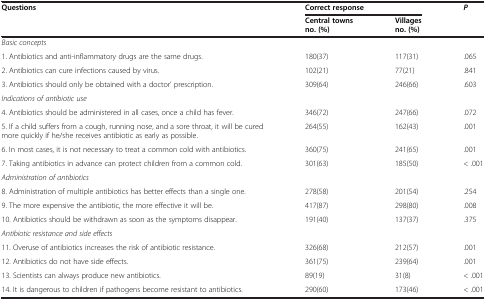
<table><thead><tr><td rowspan="2"><b>Questions</b></td><td colspan="2"><b>Correct response</b></td><td rowspan="2"><b><i>P</i></b></td></tr><tr><td><b>Central towns no. (%)</b></td><td><b>Villages no. (%)</b></td></tr></thead><tbody><tr><td><i>Basic concepts</i></td><td> </td><td> </td><td> </td></tr><tr><td>1. Antibiotics and anti-inflammatory drugs are the same drugs.</td><td>180(37)</td><td>117(31)</td><td>.065</td></tr><tr><td>2. Antibiotics can cure infections caused by virus.</td><td>102(21)</td><td>77(21)</td><td>.841</td></tr><tr><td>3. Antibiotics should only be obtained with a doctor’ prescription.</td><td>309(64)</td><td>246(66)</td><td>.603</td></tr><tr><td><i>Indications of antibiotic use</i></td><td> </td><td> </td><td> </td></tr><tr><td>4. Antibiotics should be administered in all cases, once a child has fever.</td><td>346(72)</td><td>247(66)</td><td>.072</td></tr><tr><td>5. If a child suffers from a cough, running nose, and a sore throat, it will be cured more quickly if he/she receives antibiotic as early as possible.</td><td>264(55)</td><td>162(43)</td><td>.001</td></tr><tr><td>6. In most cases, it is not necessary to treat a common cold with antibiotics.</td><td>360(75)</td><td>241(65)</td><td>.001</td></tr><tr><td>7. Taking antibiotics in advance can protect children from a common cold.</td><td>301(63)</td><td>185(50)</td><td>&lt; .001</td></tr><tr><td><i>Administration of antibiotics</i></td><td> </td><td> </td><td> </td></tr><tr><td>8. Administration of multiple antibiotics has better effects than a single one.</td><td>278(58)</td><td>201(54)</td><td>.254</td></tr><tr><td>9. The more expensive the antibiotic, the more effective it will be.</td><td>417(87)</td><td>298(80)</td><td>.008</td></tr><tr><td>10. Antibiotics should be withdrawn as soon as the symptoms disappear.</td><td>191(40)</td><td>137(37)</td><td>.375</td></tr><tr><td><i>Antibiotic resistance and side effects</i></td><td> </td><td> </td><td> </td></tr><tr><td>11. Overuse of antibiotics increases the risk of antibiotic resistance.</td><td>326(68)</td><td>212(57)</td><td>.001</td></tr><tr><td>12. Antibiotics do not have side effects.</td><td>361(75)</td><td>239(64)</td><td>.001</td></tr><tr><td>13. Scientists can always produce new antibiotics.</td><td>89(19)</td><td>31(8)</td><td>&lt; .001</td></tr><tr><td>14. It is dangerous to children if pathogens become resistant to antibiotics.</td><td>290(60)</td><td>173(46)</td><td>&lt; .001</td></tr></tbody></table>